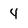
Character: 4